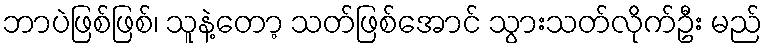
ဘာပဲဖြစ်ဖြစ်၊ သူနဲ့တော့ သတ်ဖြစ်အောင် သွားသတ်လိုက်ဦး မည်